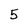
Character: 5